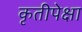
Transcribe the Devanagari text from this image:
कृतीपेक्षा